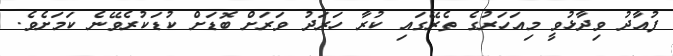
ފުއާދު ވިދާޅުވީ މިއަހަރުގެ ތެރޭގައި ކުރާ ހަރަދު ވަރަށް ބޮޑަށް ކުޑަކުރެވޭނެ ކަމަށެވެ.